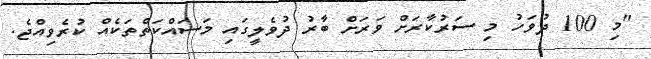
"މި 100 ދުވަހު މި ސަރުކާރަށް ވަރަށް ބާރު ދުވެލީގައި މަސައްކަތްތަކެއް ކުރެވިއްޖެ.